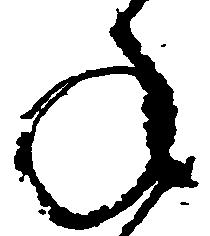
ね